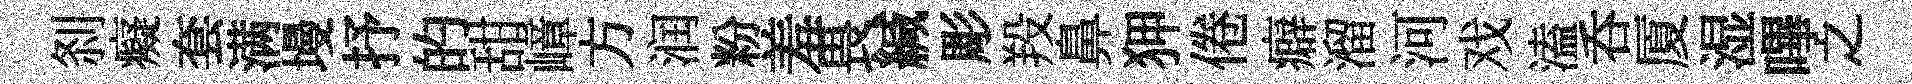
𠛴癡套满墁抒的甜嶂方润粉羞畏緘彫羖鼻狎倦癖溜河戏溘呑厦湿嗶之